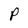
Character: P